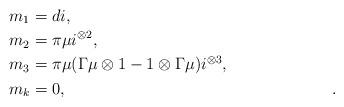
LaTeX: \begin{align*} m_1 & = di , \\ m_2 & = \pi \mu i^{\otimes 2} , \\ m_3 & = \pi \mu ( \Gamma\mu \otimes 1 - 1 \otimes \Gamma \mu )i^{\otimes 3} , \\ m_k & = 0 , && . \end{align*}